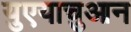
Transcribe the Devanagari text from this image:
युएयाचुआन